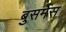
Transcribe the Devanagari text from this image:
बुसमेस